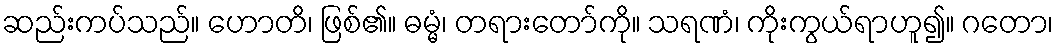
ဆည်းကပ်သည်။ ဟောတိ၊ ဖြစ်၏။ ဓမ္မံ၊ တရားတော်ကို။ သရဏံ၊ ကိုးကွယ်ရာဟူ၍။ ဂတော၊